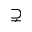
\supsetneq